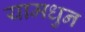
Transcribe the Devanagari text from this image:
यामधुन